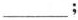
___；